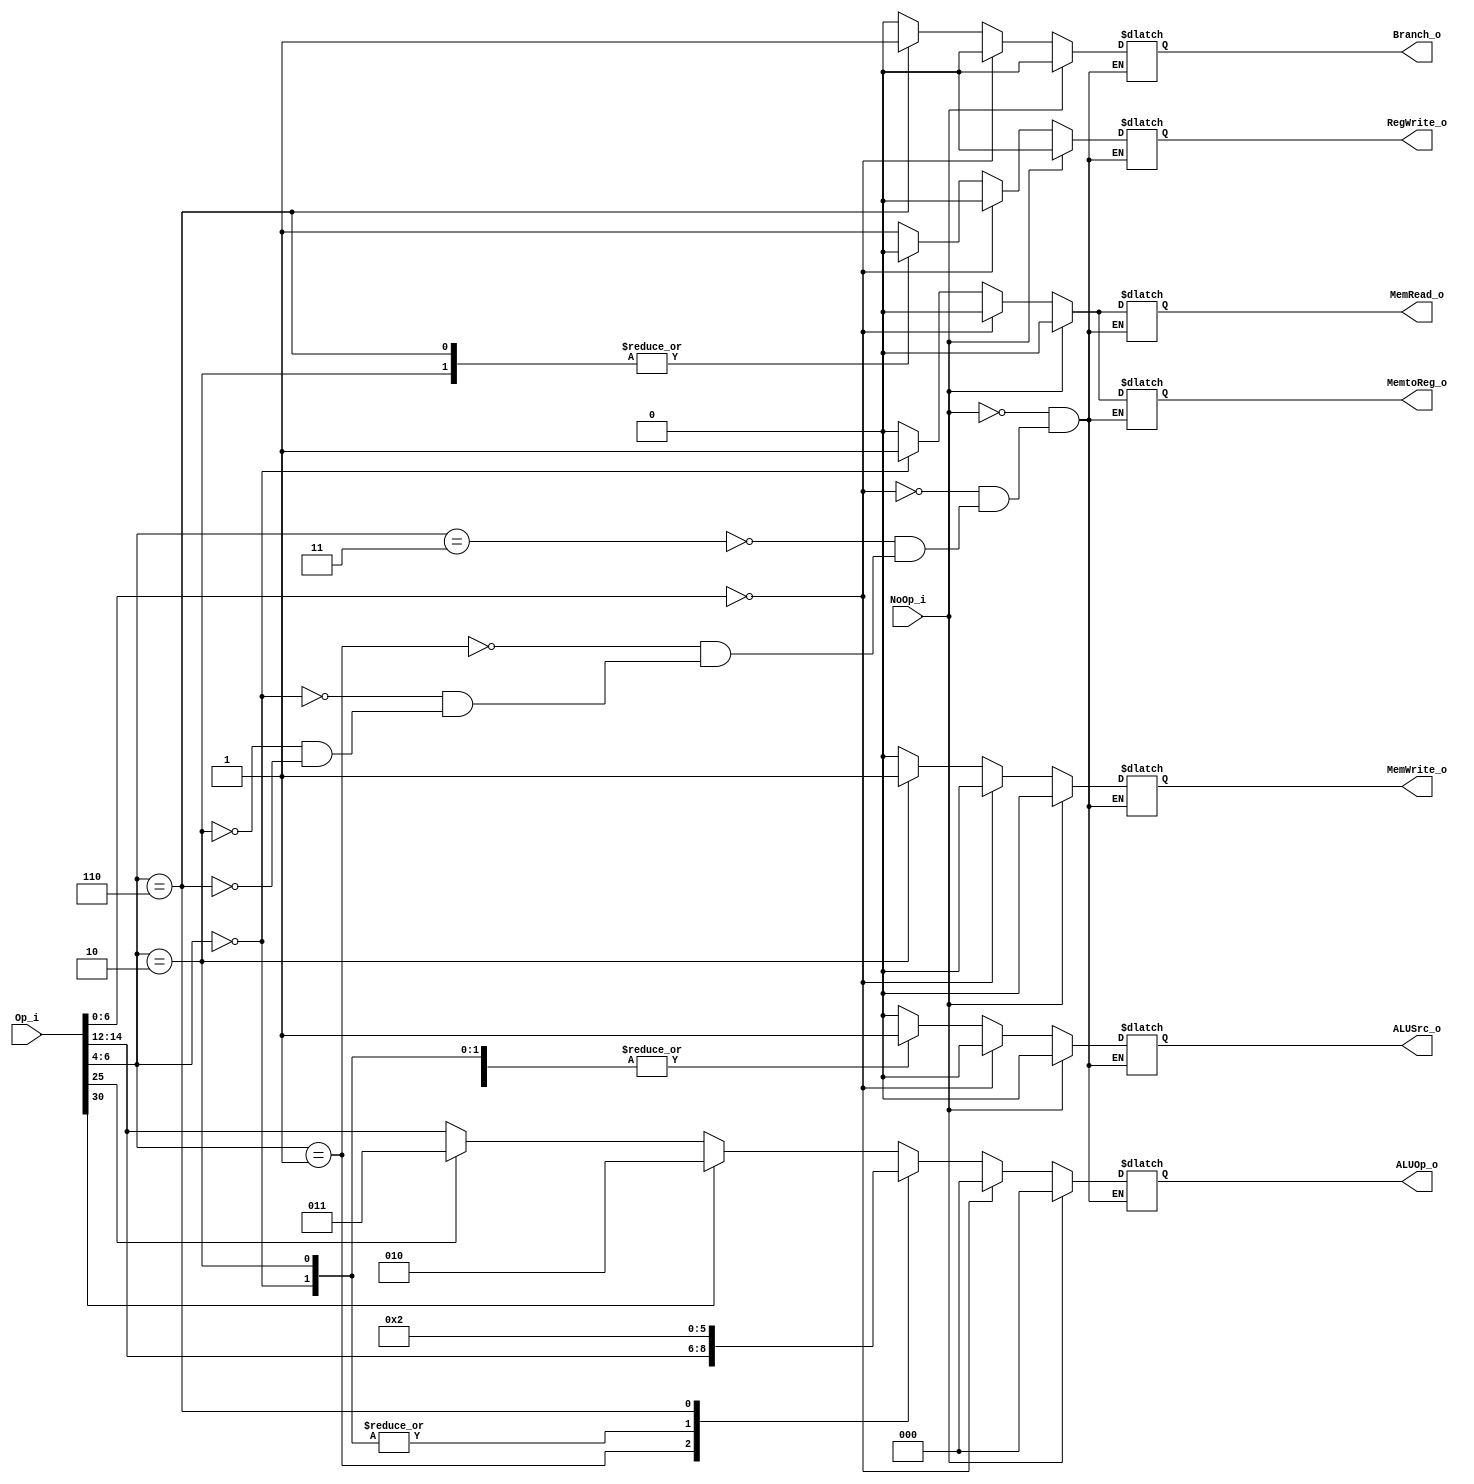
`define ADD 3'b000
`define SLL 3'b001
`define SUB 3'b010
`define MUL 3'b011
`define XOR 3'b100
`define SRA 3'b101
`define AND 3'b111
module Control
(
    Op_i,
    NoOp_i,
    ALUOp_o,
    ALUSrc_o,
    RegWrite_o,
    MemtoReg_o,
    MemRead_o,
    MemWrite_o,
    Branch_o
);

    input[31:0] Op_i;
    input NoOp_i;
    output[2:0] ALUOp_o;
    output ALUSrc_o;
    output RegWrite_o;
    output MemtoReg_o;
    output MemRead_o;
    output MemWrite_o;
    output Branch_o;

    reg ALUSrc_reg;
    reg RegWrite_reg;
    reg MemtoReg_reg;
    reg MemRead_reg;
    reg MemWrite_reg;
    reg[2:0] ALUOp_reg;
    reg Branch_reg;
    always @(*) 
    begin
        if(NoOp_i) begin
            ALUSrc_reg <= 0;
            RegWrite_reg <= 0;
            MemtoReg_reg <= 0;
            MemRead_reg <= 0;
            MemWrite_reg <= 0;
            ALUOp_reg <= 3'b0;
            Branch_reg <= 0;
        end
        else if(Op_i[6:0] == 7'b0) begin
            ALUSrc_reg <= 0;
            RegWrite_reg <= 0;
            MemtoReg_reg <= 0;
            MemRead_reg <= 0;
            MemWrite_reg <= 0;
            ALUOp_reg <= 3'b0;
            Branch_reg <= 0;
        end
        else begin
            case(Op_i[6:4])
                3'b011: begin
                    ALUSrc_reg <= 0;
                    RegWrite_reg <= 1;
                    MemtoReg_reg <= 0;
                    MemRead_reg <= 0;
                    MemWrite_reg <= 0;
                    Branch_reg <= 0;
                    if(Op_i[30]) begin
                        ALUOp_reg <= `SUB;
                    end
                    else if (Op_i[25]) begin
                        ALUOp_reg <= `MUL;
                    end
                    else begin
                        ALUOp_reg <= Op_i[14:12];
                    end
                end
                3'b001: begin
                    ALUSrc_reg <= 1;
                    RegWrite_reg <= 1;
                    MemtoReg_reg <= 0;
                    MemRead_reg <= 0;
                    MemWrite_reg <= 0;
                    ALUOp_reg <= Op_i[14:12];
                    Branch_reg <= 0;
                end
                3'b000: begin
                    ALUSrc_reg <= 1;
                    RegWrite_reg <= 1;
                    MemtoReg_reg <= 1;
                    MemRead_reg <= 1;
                    MemWrite_reg <= 0;
                    ALUOp_reg <= `ADD;
                    Branch_reg <= 0;
                end
                3'b010: begin
                    ALUSrc_reg <= 1;
                    RegWrite_reg <= 0;
                    MemtoReg_reg <= 0;
                    MemRead_reg <= 0;
                    MemWrite_reg <= 1;
                    ALUOp_reg <= `ADD;
                    Branch_reg <= 0;
                end
                3'b110: begin
                    ALUSrc_reg <= 0;
                    RegWrite_reg <= 0;
                    MemtoReg_reg <= 0;
                    MemRead_reg <= 0;
                    MemWrite_reg <= 0;
                    ALUOp_reg <= `SUB;
                    Branch_reg <= 1;
                end
            endcase
        end
    end
    assign ALUSrc_o = ALUSrc_reg;
    assign RegWrite_o = RegWrite_reg;
    assign MemtoReg_o = MemtoReg_reg;
    assign MemRead_o = MemRead_reg;
    assign MemWrite_o = MemWrite_reg;
    assign ALUOp_o = ALUOp_reg;
    assign Branch_o = Branch_reg;

endmodule